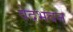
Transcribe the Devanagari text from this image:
वेदभवन